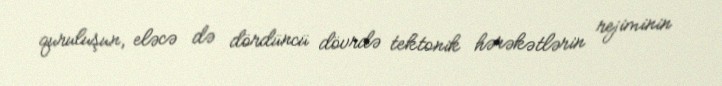
quruluşun, eləcə də dördüncü dövrdə tektonik hərəkətlərin rejiminin